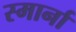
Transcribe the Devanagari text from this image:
स्मार्ना